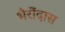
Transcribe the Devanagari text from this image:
भैरोंदास